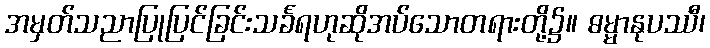
အမှတ်သညာပြုပြင်ခြင်းသင်္ခရဟုဆိုအပ်သောတရားတို့၌။ ဓမ္မာနုပဿီ၊